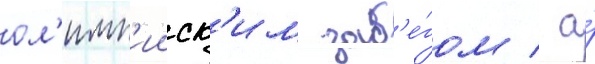
ол'имп'ииск'им заб'е́гом / а́